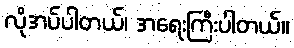
လိုအပ်ပါတယ်၊ အရေးကြီးပါတယ်။